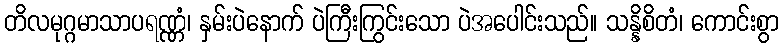
တိလမုဂ္ဂမာသာပရဏ္ဏံ၊ နှမ်းပဲနောက် ပဲကြီးကြွင်းသော ပဲအပေါင်းသည်။ သန္နိစိတံ၊ ကောင်းစွာ